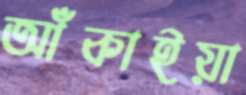
আঁকাইয়া